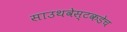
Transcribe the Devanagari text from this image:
साउथवेस्टकडेच